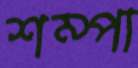
শম্পা